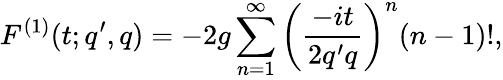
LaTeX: F^{(1)}(t;q^{\prime},q)=-2g\sum_{n=1}^{\infty}\left(\frac{-it}{2q^{\prime}q}\right)^{n}(n-1)!,